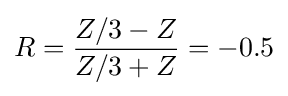
R={\frac {Z/3-Z}{Z/3+Z}}=-0.5